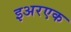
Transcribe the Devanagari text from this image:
इअरएक